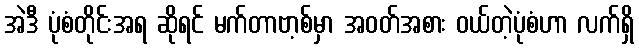
အဲဒီ ပုံစံတိုင်းအရ ဆိုရင် မက်တာဗာ့စ်မှာ အဝတ်အစား ဝယ်တဲ့ပုံစံဟာ လက်ရှိ